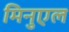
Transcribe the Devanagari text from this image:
मिनुएल